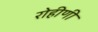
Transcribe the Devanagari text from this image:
रोहीणी